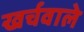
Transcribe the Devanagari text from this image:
खर्चवाले